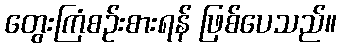
တွေးကြံစဉ်းစားရန် ဖြစ်ပေသည်။